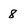
Character: 8